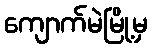
ကျောက်မဲမြို့မှ